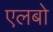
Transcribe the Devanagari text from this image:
एलबो